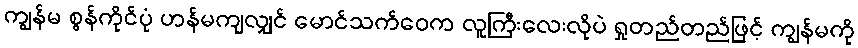
ကျွန်မ စွန်ကိုင်ပုံ ဟန်မကျလျှင် မောင်သက်ဝေက လူကြီးလေးလိုပဲ ရှုတည်တည်ဖြင့် ကျွန်မကို